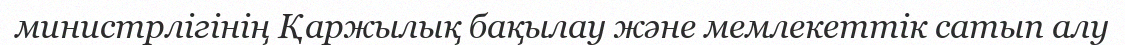
министрлігінің Қаржылық бақылау және мемлекеттік сатып алу